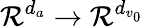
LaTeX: \mathcal{R}^{d_{a}}\xrightarrow{}\mathcal{R}^{d_{v_{0}}}